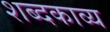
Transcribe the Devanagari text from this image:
शब्दकाव्य